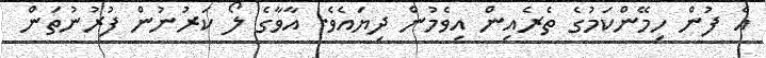
އެ ފުން ހިމޭންކަމުގެ ތެރެއިން އިވެމުން ދިޔައެވެ. އާވާގެ ލޯ ކަރުނުން ފުރުނުތަން